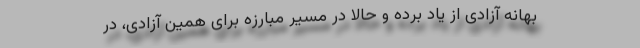
بهانه آزادی از یاد برده و حالا در مسیر مبارزه برای همین آزادی، در